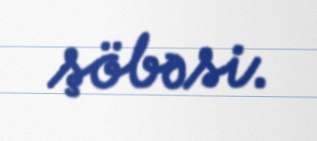
şöbəsi.